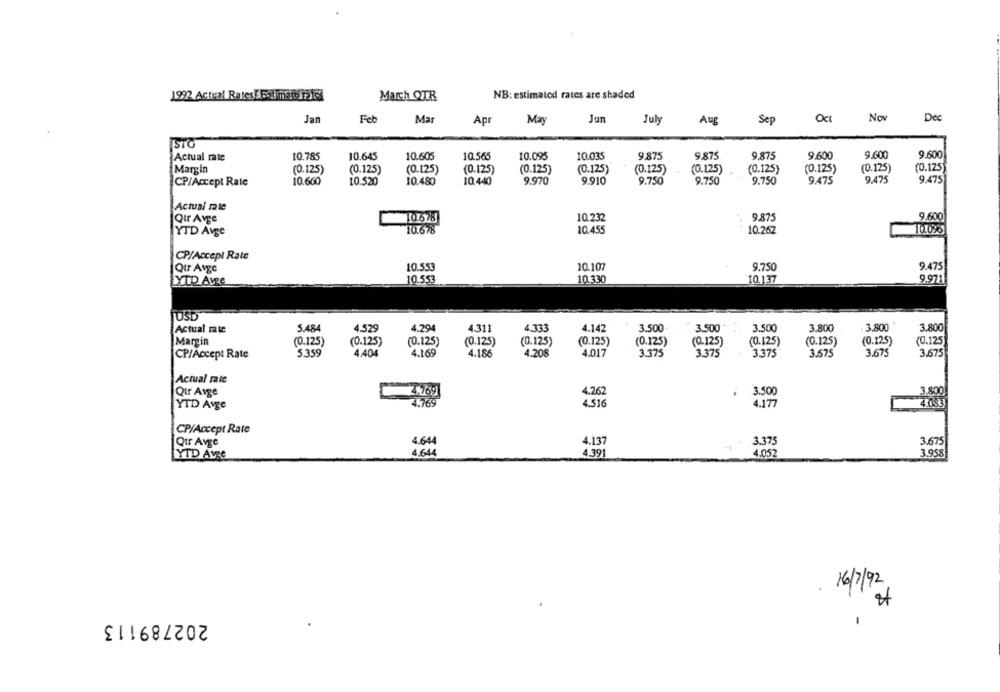
1992 Actual Rates Eddings198
March QTR
NB: estimated rates are shaded
Jan
Jun
Now
De
Feb
Ma
Ap
May
July
Aug
Sep
Oct
STO
Actual rate
10.785
10.645
10.605
10.565
10.095
10.035
9.875
9.875
9.875
9.600
9.600
9.600
Margin
(0.125)
(0.125)
(0.125)
(0.125)
(0.125)
(0.125)
(0.125)
(0.125)
(0.125)
(0.125)
(0.125)
(0.125)
9.750
9.475
9.475
CP/Accept Rate
10.660
10.520
10.480
10.440
9.970
9.910
9.750
9.750
9.475
Actual rate
Qur Avge
10.678
10.232
9.875
9.600
10.678
10.455
YTD Avge
10.262
10.09%
CP/Accept Rate
Qtr Avge
10.553
10.107
9.750
9.475
YTD Avge
10.553
10.330
10.137
9.971
JOSD
Actual rate
5.484
4.529
4.294
4.311
4.333
4.142
3.500
3.500
3.500
3.800
3.800
3.800
Margin
(0.125)
(0.125)
(0.125)
(0.125)
(0.125)
(0.125)
(0.125)
(0.125)
(0.125)
(0.125)
(0.125)
(0.125)
5.359
4.404
4.169
4.208
4.017
3.375
3.375
3.675
3.675
CP/Accept Rate
4.186
3.375
3.675
Actual rale
Qtr Avge
4.262
3.500
3.800
YTD Avge
4.516
4.177
CP/Accept Rate
Qur Avge
4.644
4.137
3.375
3.675
YTD Avee
4.644
4.39
4.052
3.958
16/7/92
202789113
-